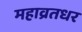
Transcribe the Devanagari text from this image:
महाव्रतधर